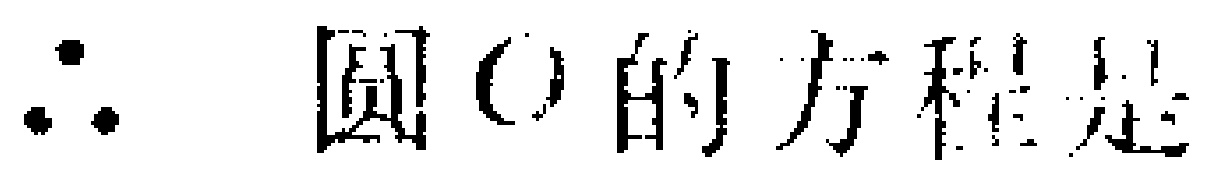
\(\therefore\) 圆\(O\)的方程是